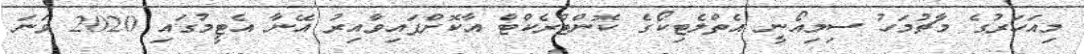
މިއަހަރުގެ މާޗުމަހު ސިމިއޯނީ އެތްލެޓިކޯގެ ކޮންޓްރެކްޓް އާކޮށްފައިވާއިރު އޭނާ އެޓީމުގައި 2020 ވަނަ